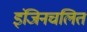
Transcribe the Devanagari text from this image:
इंजिनचलित